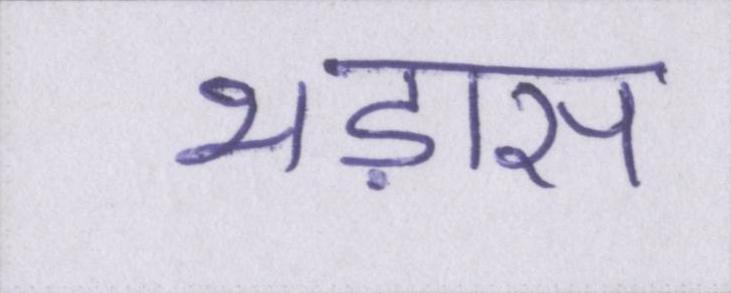
भड़ास